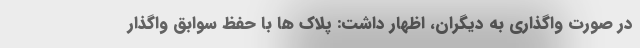
در صورت واگذاری به دیگران، اظهار داشت: پلاک ها با حفظ سوابق واگذار